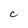
Character: C